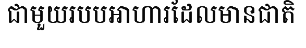
ជាមួយរបបអាហារដែលមានជាតិ